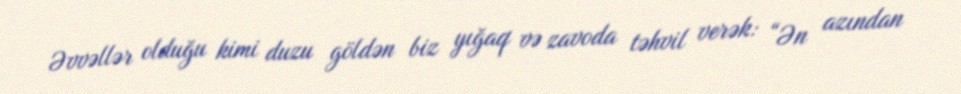
Əvvəllər olduğu kimi duzu göldən biz yığaq və zavoda təhvil verək: “Ən azından